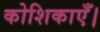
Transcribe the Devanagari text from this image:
कोशिकाएँ।